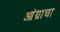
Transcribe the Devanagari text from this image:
आंग्राचा